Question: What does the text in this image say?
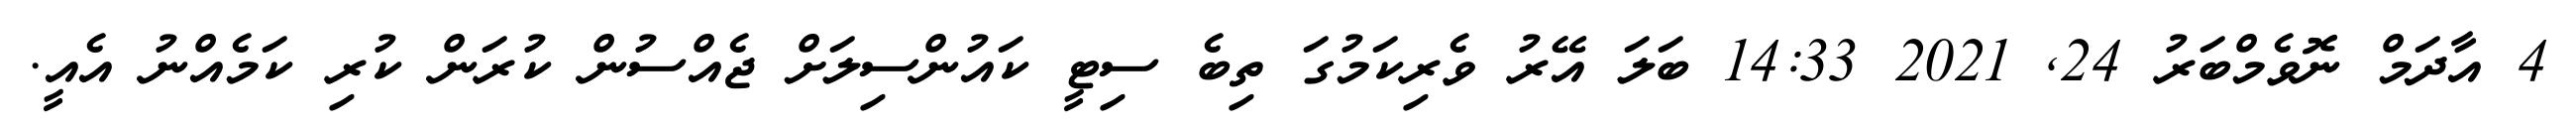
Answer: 4 އާދަމް ނޮވެމްބަރު 24, 2021 14:33 ބަލަ އޭރު ވެރިކަމުގަ ތިބެ ސިޓީ ކައުންސިލަށް ޖެއްސުން ކުރަން ކުރި ކަމެއްނު އެއީ.